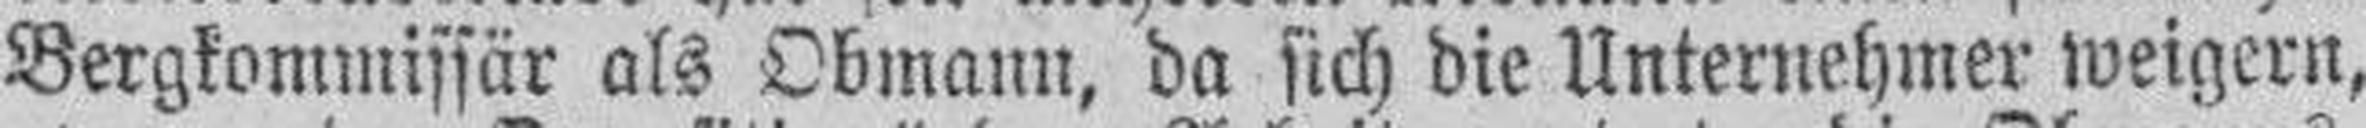
Bergkommissär als Obmann, da sich die Unternehmer weigern,